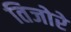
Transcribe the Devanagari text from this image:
तिजोरे